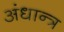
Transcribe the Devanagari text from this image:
अंधान्त्र